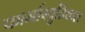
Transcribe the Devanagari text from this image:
फार्मास्युतिकल